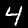
Label: 4